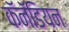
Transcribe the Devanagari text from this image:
कॅनॅडियन